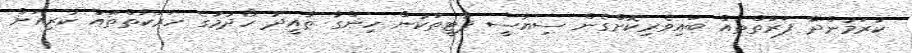
ކުރަމުންދާ ފަރާތްތައް ބައިވެރިކޮށްގެން ސިޔާސީ ޕާޓީތަކުން ހިންގާ ތާއީދު ހޯދުމުގެ ހަރަކާތްތައް ކުރިއަށް